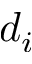
d _ { i }